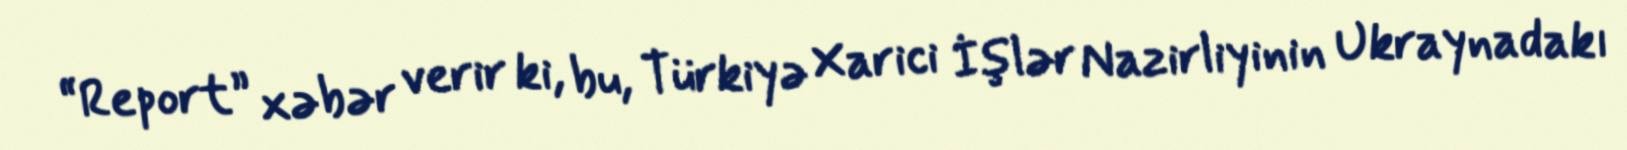
“Report” xəbər verir ki, bu, Türkiyə Xarici İşlər Nazirliyinin Ukraynadakı